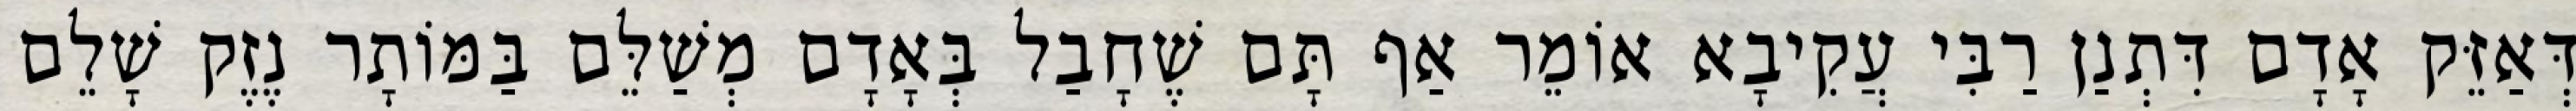
דְּאַזֵּק אָדָם דִּתְנַן רַבִּי עֲקִיבָא אוֹמֵר אַף תָּם שֶׁחָבַל בְּאָדָם מְשַׁלֵּם בַּמּוֹתָר נֶזֶק שָׁלֵם